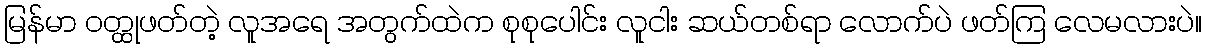
မြန်မာ ဝတ္ထုဖတ်တဲ့ လူအရေ အတွက်ထဲက စုစုပေါင်း လူငါး ဆယ်တစ်ရာ လောက်ပဲ ဖတ်ကြ လေမလားပဲ။